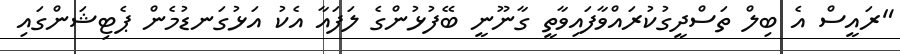
"ރައީސް އެ ބިލް ތަސްދީގުކުރައްވާފައިވާތީ ގާނޫނީ ބޭފުޅުންގެ ލަފައާ އެކު އަޅުގަނޑުމެން ޕެޓިޝަންގައި